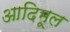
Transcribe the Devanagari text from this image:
आदिमूल